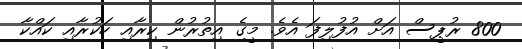
800 ރުޕީސް އަށް އުފުލިފަ އެވެ. މީގެ އިތުރުން ކިރާއި ހަކުރާއި ކައްކާ